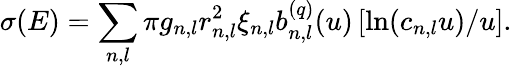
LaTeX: \sigma(E)=\sum_{n,l}\pi g_{n,l}r_{n,l}^{2}\xi_{n,l}b_{n,l}^{(q)}(u)\left[\ln(c_{n,l}u)/u\right].